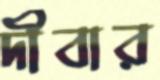
দীবার